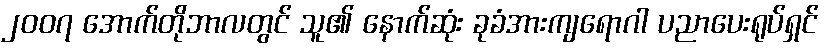
၂၀၀၇ အောက်တိုဘာလတွင် သူ၏ နောက်ဆုံး ခုခံအားကျရောဂါ ပညာပေးရုပ်ရှင်